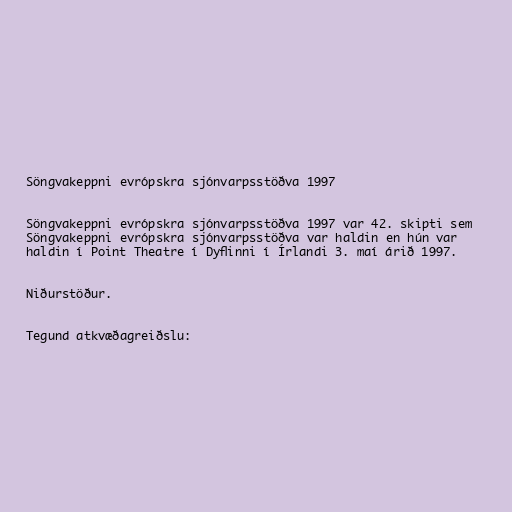
Söngvakeppni evrópskra sjónvarpsstöðva 1997

Söngvakeppni evrópskra sjónvarpsstöðva 1997 var 42. skipti sem
Söngvakeppni evrópskra sjónvarpsstöðva var haldin en hún var
haldin í Point Theatre í Dyflinni í Írlandi 3. maí árið 1997.

Niðurstöður.

Tegund atkvæðagreiðslu: